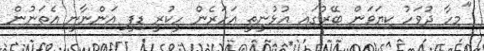
"މިހާ ދުވަހު ކިޔަވަން ބޭރުގައި އުޅުނީތީ އަހަރެން ހީކުރީ ޑިފީ އަންނާނީ އެތަނުން